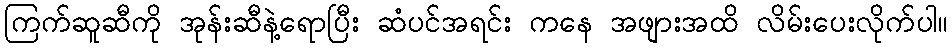
ကြက်ဆူဆီကို အုန်းဆီနဲ့ရောပြီး ဆံပင်အရင်း ကနေ အဖျားအထိ လိမ်းပေးလိုက်ပါ။